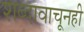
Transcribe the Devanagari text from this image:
शब्दावाचूनही